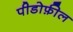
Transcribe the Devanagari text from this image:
पीडोफ़ील